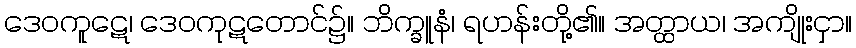
ဒေဝကူဋေ၊ ဒေဝကုဋတောင်၌။ ဘိက္ခူနံ၊ ရဟန်းတို့၏။ အတ္ထာယ၊ အကျိုးငှာ။